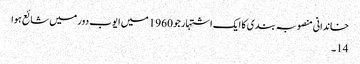
خاندانی منصوبہ بندی کا ایک اشتہار جو 1960 میں ایوب دور میں شائع ہوا
14۔